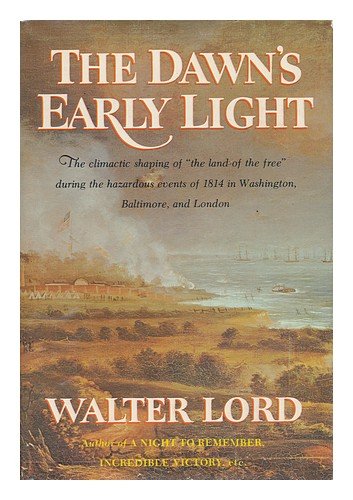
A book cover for The Dawn's Early Light; Walter Lord; History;